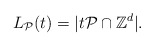
\begin{align*}L_{\mathcal{P}}(t) = |t \mathcal{P} \cap \mathbb{Z}^d|.\end{align*}